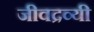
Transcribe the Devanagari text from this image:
जीवद्रव्यी